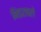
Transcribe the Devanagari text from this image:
भिंडरावले